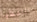
التقطها